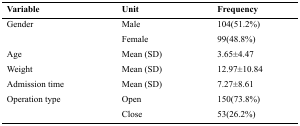
| Variable | Unit | Frequency |
 | --- | --- | --- |
 | <ROWSPAN=2> Gender | Male | 104(51.2%) |
 | Female | 99(48.8%) |
 | Age | Mean (SD) | 3.65±4.47 |
 | Weight | Mean (SD) | 12.97±10.84 |
 | Admission time | Mean (SD) | 7.27±8.61 |
 | <ROWSPAN=2> Operation type | Open | 150(73.8%) |
 | Close | 53(26.2%) |